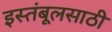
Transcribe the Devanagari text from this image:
इस्तंबूलसाठी